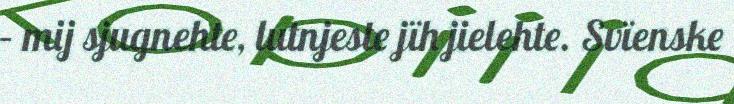
– mij sjugnehte, lutnjeste jïh jielehte. Svïenske